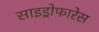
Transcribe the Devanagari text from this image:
साइड्रोफारेस